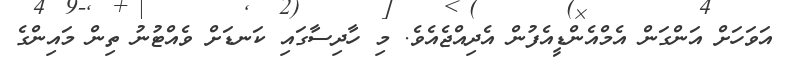
އަވަހަށް އަންގަން އެމްއެންޑީއެފުން އެދިއްޖެއެވެ. މި ހާދިސާގައި ކަނޑަށް ވެއްޓުނު ތިން މައިންގެ